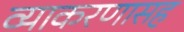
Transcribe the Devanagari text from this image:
व्याकरणासह